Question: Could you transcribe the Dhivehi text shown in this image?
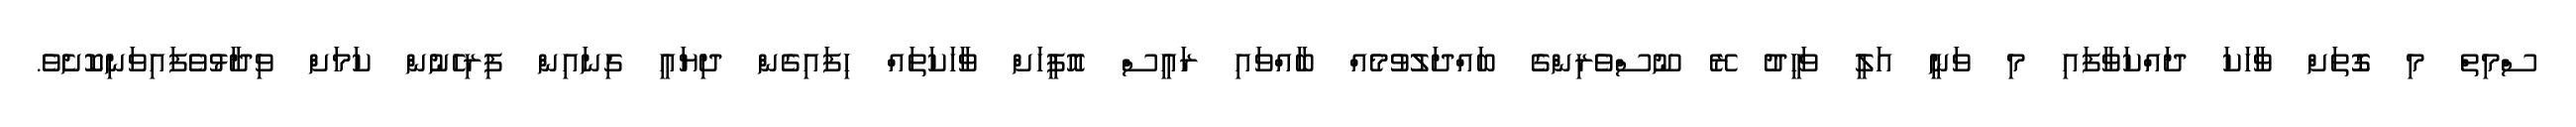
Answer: ސްމިތް މި ގޮތަށް ވާހަކަ ދައްކަވާފައި މި ވަނީ އަލީ ވަހީދު ރޭ ނޫސްވެރިންގެ ބައްދަލުވުމެއް ބާއްވައި ރައީސް އޮފީހަށް ވާހަކަތައް ހިފައިގެން ދިޔައީ ގިނައިން ފިރިހެނުން ކަމަށް ވިދާޅުވެފައިވަނިކޮށެވެ.